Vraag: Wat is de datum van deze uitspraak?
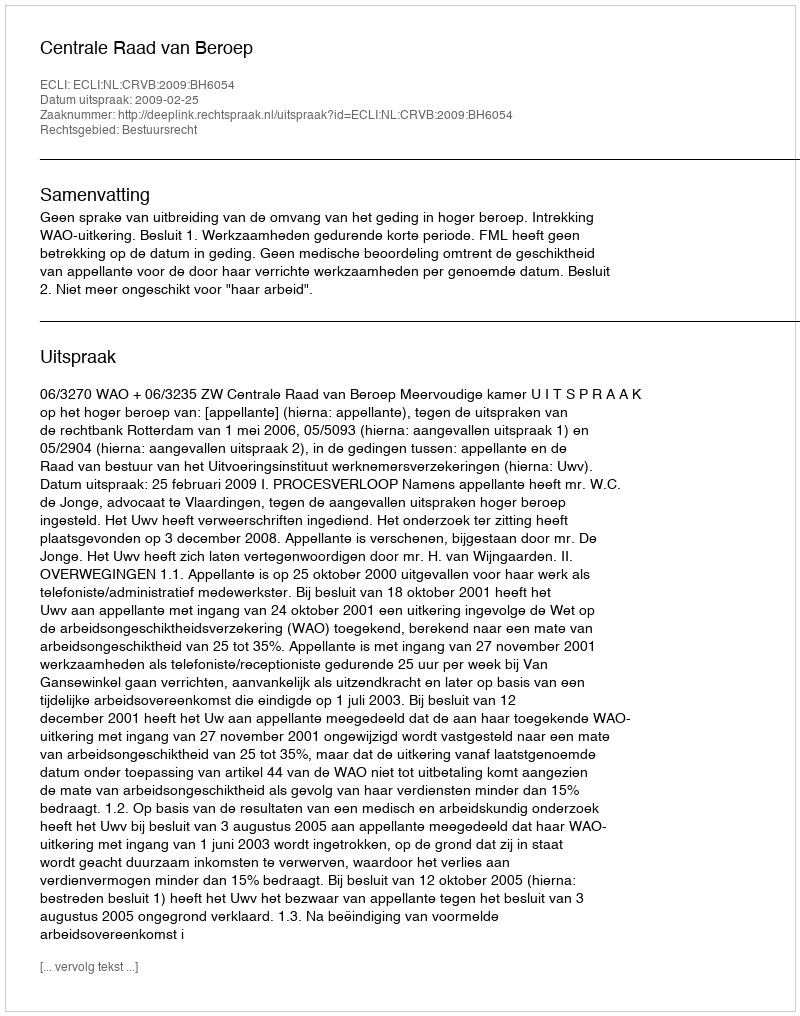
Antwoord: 2009-02-25